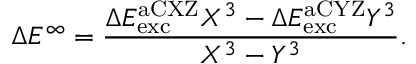
\Delta E ^ { \infty } = \frac { \Delta E _ { \mathrm { e x c } } ^ { \mathrm { a C X Z } } X ^ { 3 } - \Delta E _ { \mathrm { e x c } } ^ { \mathrm { a C Y Z } } Y ^ { 3 } } { X ^ { 3 } - Y ^ { 3 } } .